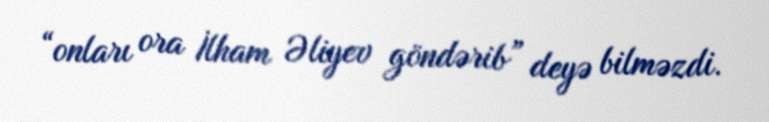
“onları ora İlham Əliyev göndərib” deyə bilməzdi.